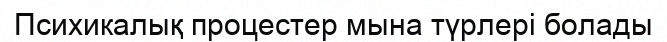
Психикалық процестер мына түрлері болады